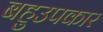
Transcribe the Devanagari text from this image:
बहुउपकार